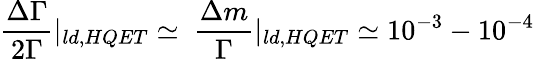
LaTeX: \frac{\Delta\Gamma}{2\Gamma}|_{ld,HQET}\simeq~\frac{\Delta m}{\Gamma}|_{ld,HQET}\simeq 10^{-3}-10^{-4}